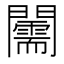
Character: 𨷘